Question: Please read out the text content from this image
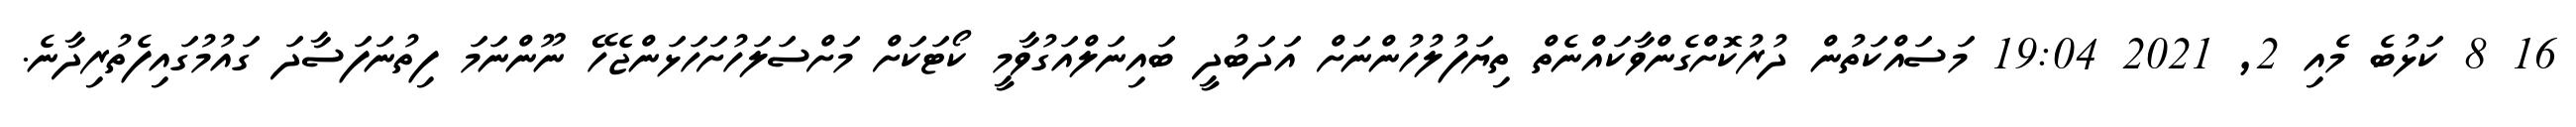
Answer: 16 8 ކަޅުބެ މެއި 2, 2021 19:04 މަސައްކަތުން ދުރުކޮށްގެންވާކައްނެތް ތިޔަފުލުހުންނަށް އަދަބުދީ ބައިނަލްއަގުވާމީ ކޯޓަކަށް މަށްސަލަހުށަހަޅަންޖެހޭ ނޫންނަމަ ފިތުނަފަސާދަ ގައުމުގައިފެތުރިދާނެ.